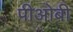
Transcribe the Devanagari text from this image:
पीओबी